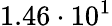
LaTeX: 1.46\cdot 10^{1}